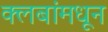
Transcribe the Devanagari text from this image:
क्लबांमधून